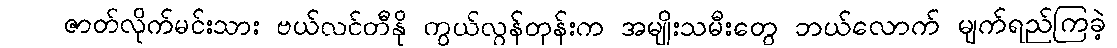
ဇာတ်လိုက်မင်းသား ဗယ်လင်တီနို ကွယ်လွန်တုန်းက အမျိုးသမီးတွေ ဘယ်လောက် မျက်ရည်ကြခဲ့